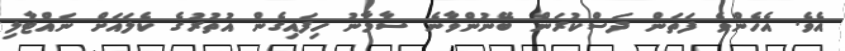
އެވެ. އެހެންވެ ފަތަން ދަސްކުރަން ބޭނުންވާނެ ސާމާނު ހިފައިގެން އުތުރުގެ ކެލައަށް ނައްޓާލި